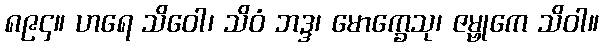
၈၉၄။ ဟရေ သိဝေါ၊ သိဝံ ဘဒ္ဒ၊ မောက္ခေသု၊ ဇမ္ဗုကေ သိဝါ။